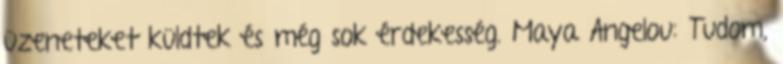
üzeneteket küldtek és még sok érdekesség. Maya Angelou: Tudom,